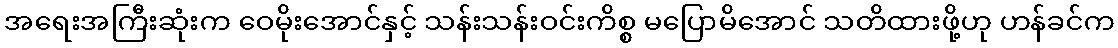
အရေးအကြီးဆုံးက ဝေမိုးအောင်နှင့် သန်းသန်းဝင်းကိစ္စ မပြောမိအောင် သတိထားဖို့ဟု ဟန်ခင်က